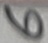
Text: 6